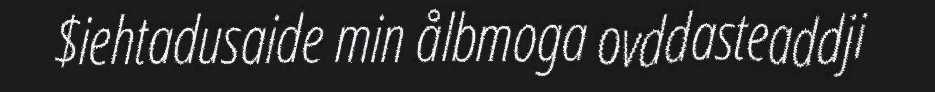
$iehtadusaide min ålbmoga ovddasteaddji